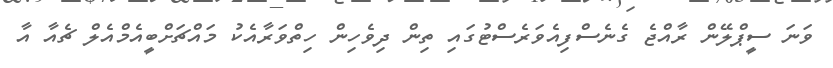
ވަނަ ސީޕްލޭން ރާއްޖެ ގެނެސްފިއެވަރެސްޓުގައި ތިން ދިވެހިން ހިތްވަރާއެކު މައްޗަށްބީއެމްއެލް ޗެއާ އާ